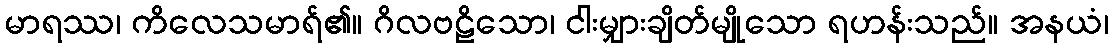
မာရဿ၊ ကိလေသမာရ်၏။ ဂိလဗဠိသော၊ ငါးမျှားချိတ်မျိုသော ရဟန်းသည်။ အနယံ၊